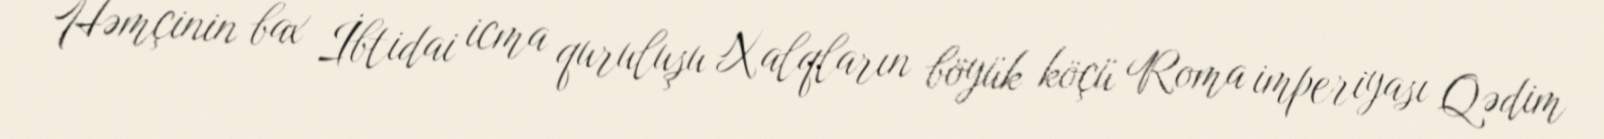
Həmçinin bax İbtidai icma quruluşu Xalqların böyük köçü Roma imperiyası Qədim